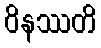
ဝိနဿတိ